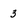
Character: 3